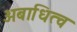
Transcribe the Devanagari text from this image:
अबाधित्व